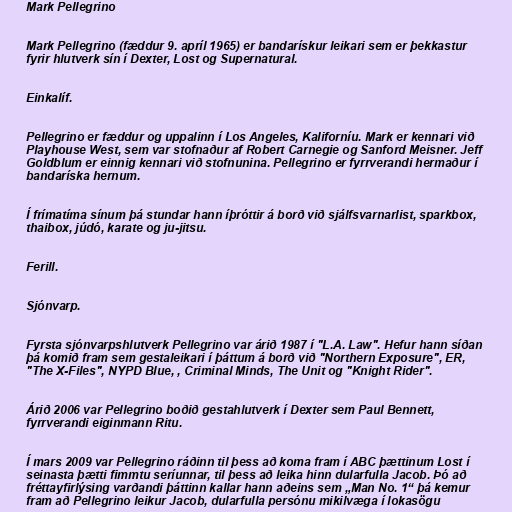
Mark Pellegrino

Mark Pellegrino (fæddur 9. apríl 1965) er bandarískur leikari sem er þekkastur
fyrir hlutverk sín í Dexter, Lost og Supernatural.

Einkalíf.

Pellegrino er fæddur og uppalinn í Los Angeles, Kaliforníu. Mark er kennari við
Playhouse West, sem var stofnaður af Robert Carnegie og Sanford Meisner. Jeff
Goldblum er einnig kennari við stofnunina. Pellegrino er fyrrverandi hermaður í
bandaríska hernum.

Í frímatíma sínum þá stundar hann íþróttir á borð við sjálfsvarnarlist, sparkbox,
thaibox, júdó, karate og ju-jitsu.

Ferill.

Sjónvarp.

Fyrsta sjónvarpshlutverk Pellegrino var árið 1987 í "L.A. Law". Hefur hann síðan
þá komið fram sem gestaleikari í þáttum á borð við "Northern Exposure", ER,
"The X-Files", NYPD Blue, , Criminal Minds, The Unit og "Knight Rider".

Árið 2006 var Pellegrino boðið gestahlutverk í Dexter sem Paul Bennett,
fyrrverandi eiginmann Ritu.

Í mars 2009 var Pellegrino ráðinn til þess að koma fram í ABC þættinum Lost í
seinasta þætti fimmtu seríunnar, til þess að leika hinn dularfulla Jacob. Þó að
fréttayfirlýsing varðandi þáttinn kallar hann aðeins sem „Man No. 1“ þá kemur
fram að Pellegrino leikur Jacob, dularfulla persónu mikilvæga í lokasögu